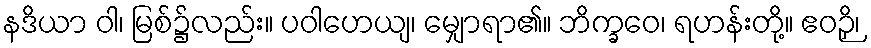
နဒိယာ ဝါ၊ မြစ်၌လည်း။ ပဝါဟေယျ၊ မျှောရာ၏။ ဘိက္ခဝေ၊ ရဟန်းတို့။ ဧဝဉှိ၊